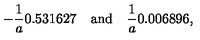
- \frac { 1 } { a } 0 . 5 3 1 6 2 7 \quad \mathrm { a n d } \quad \frac { 1 } { a } 0 . 0 0 6 8 9 6 { , }